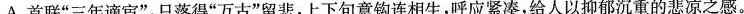
A.首联”三年谪宦”，只落得”万古”留悲，上下句意钩连相生，呼应紧凑，给人以抑郁沉重的悲凉之感。